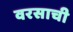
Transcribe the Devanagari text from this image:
वरसाची